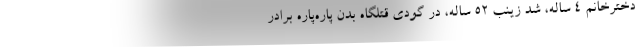
دخترخانم 4 ساله، شد زینب 52 ساله، در گودی قتلگاه بدن پاره‌پاره برادر